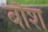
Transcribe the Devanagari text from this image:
बौश